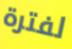
لفترة